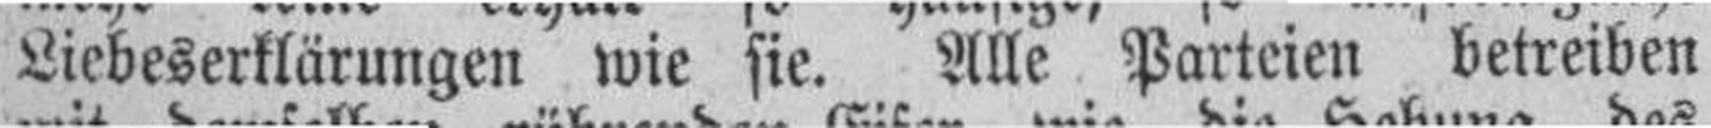
Liebeserklärungen wie sie. Alle Parteien betreiben